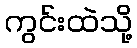
ကွင်းထဲသို့